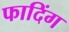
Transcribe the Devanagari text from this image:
फादिंग